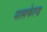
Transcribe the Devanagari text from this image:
नासफेल्ड